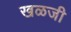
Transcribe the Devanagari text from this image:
खळजी